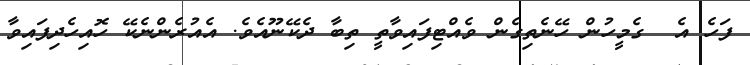
ފަހެ އެ  ގެމީހުން ހޭނެތިގެން ވެއްޓިފައިވާތީ ތިބާ ދެކޭނޫއެވެ. އެއުރެންނެކޭ ހޮއިހެދިފައިވާ